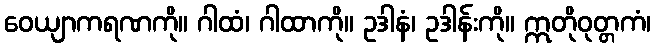
ဝေယျာကရဏကို။ ဂါထံ၊ ဂါထာကို။ ဥဒါနံ၊ ဥဒါန်းကို။ ဣတိုဝုတ္တကံ၊